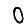
Digit: 0